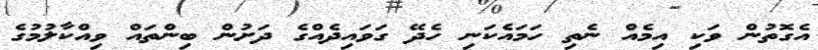
އެގޮތުން ވަކި އިމެއް ނެތި ހަމައެކަނި ހެދޭ ގަވައިދެއްގެ ދަށުން ބިންތައް ވިއްކާލުމުގެ